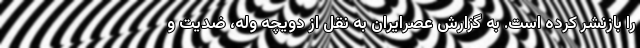
را بازنشر کرده است. به گزارش عصرایران به نقل از دویچه وله، ضدیت و